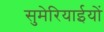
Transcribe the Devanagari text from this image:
सुमेरियाईयों